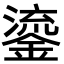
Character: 鎏